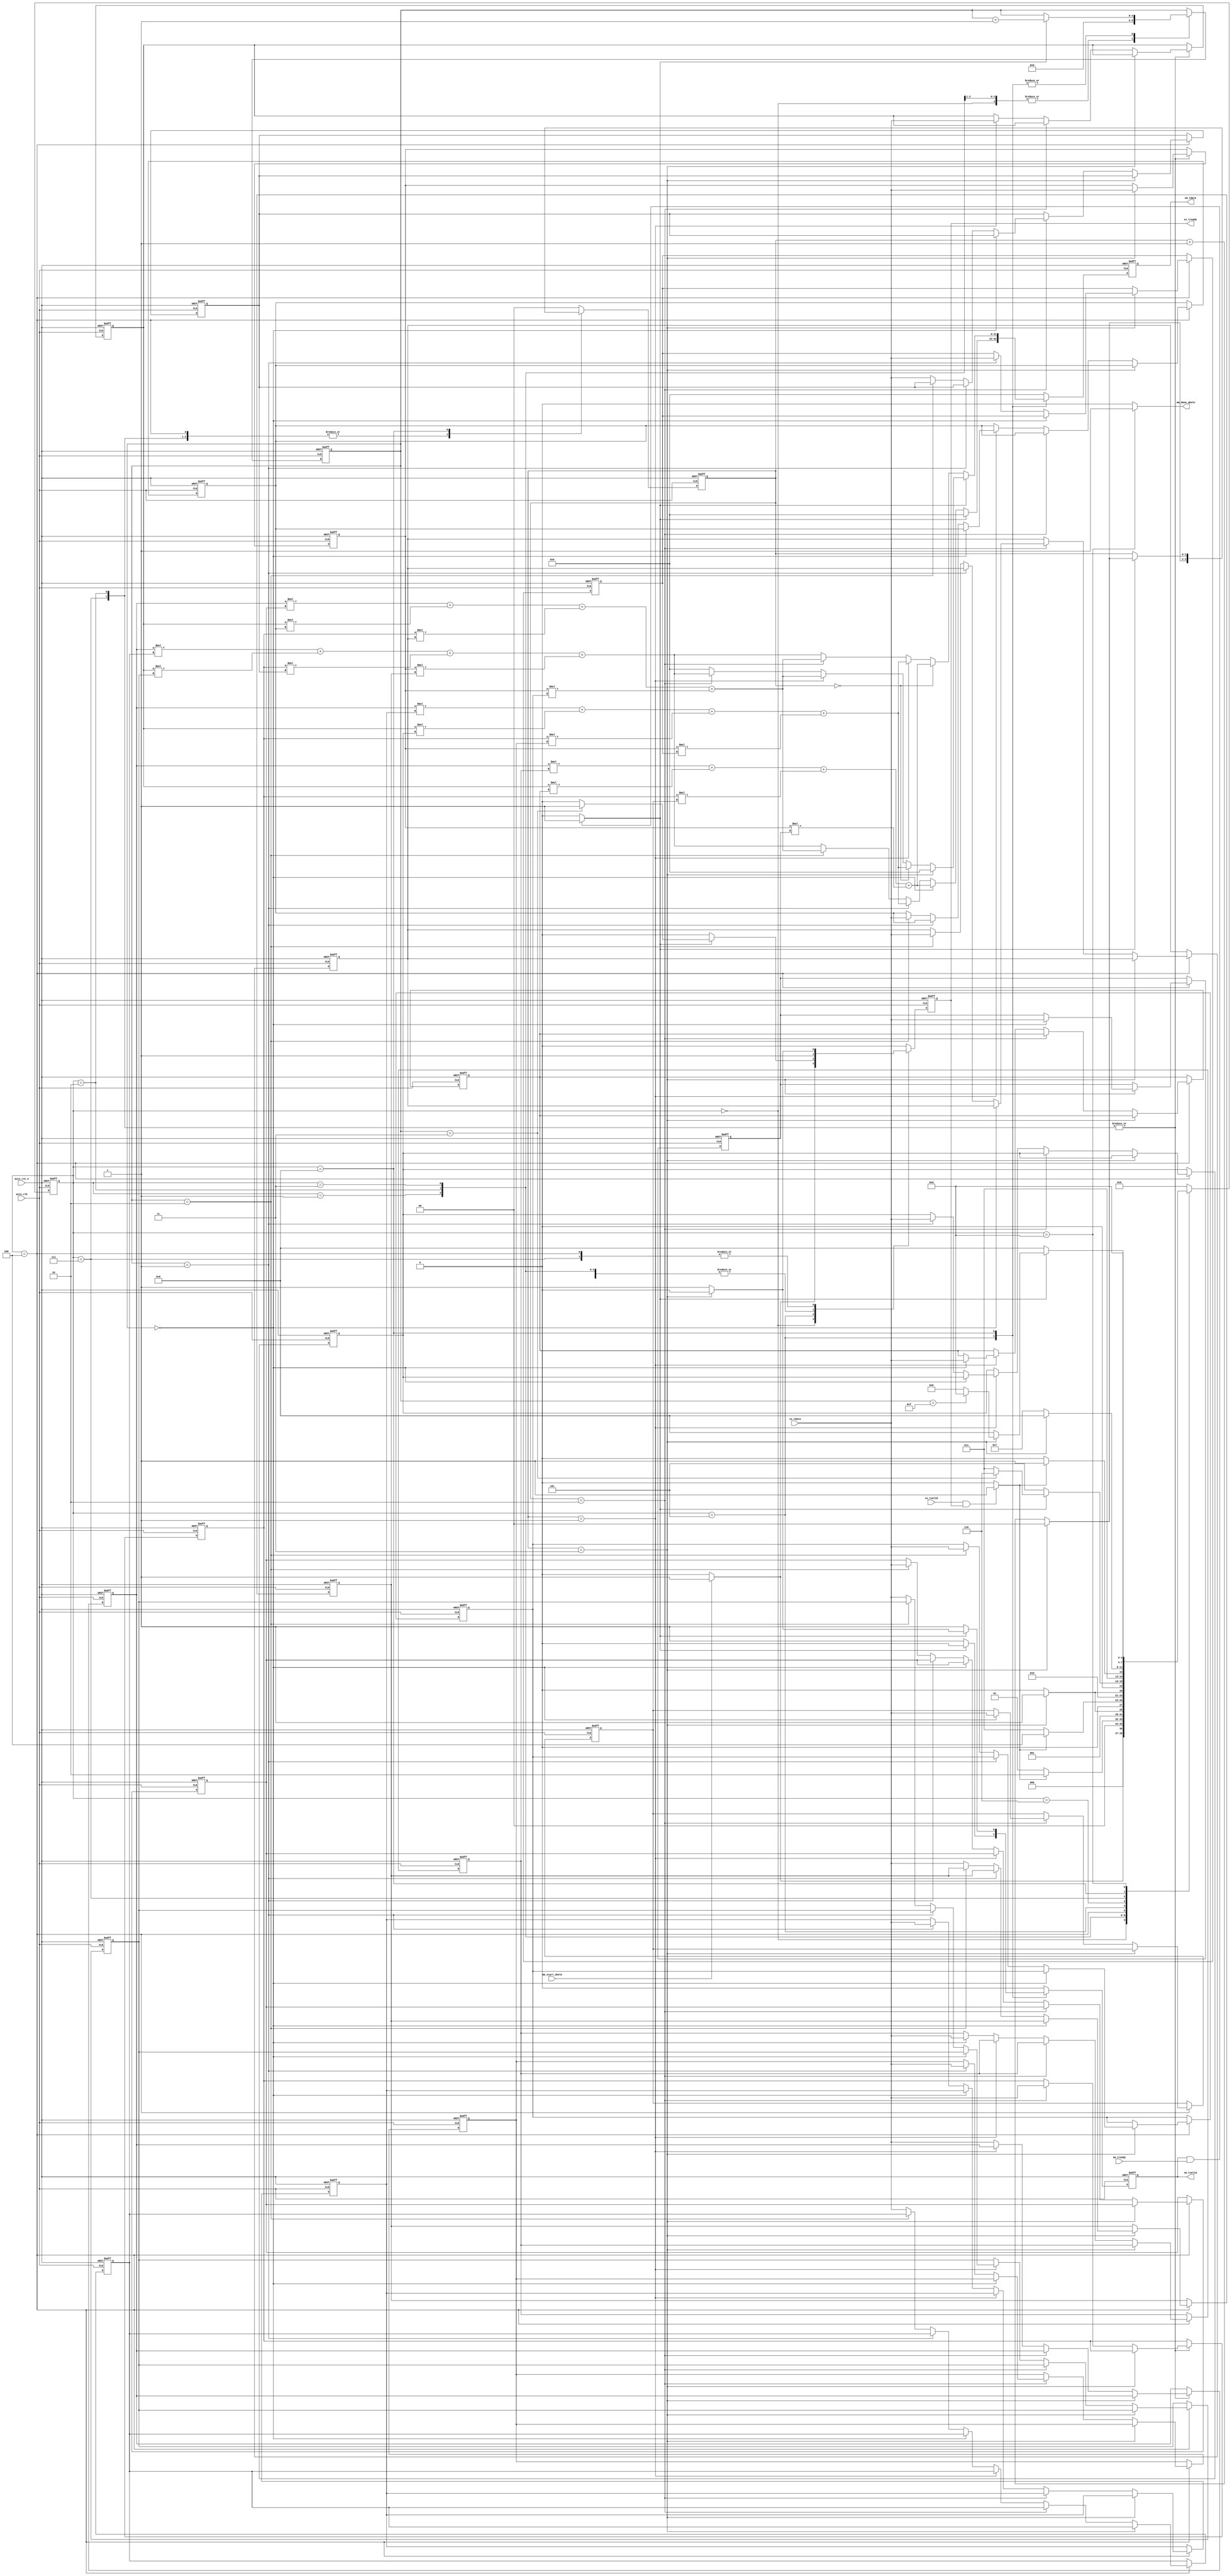
module mm 
#(  parameter pADDR_WIDTH = 12,
    parameter pDATA_WIDTH = 32
)
(
    input   wire                     axis_clk,
    input   wire                     axis_rst_n,
    
    // ap_start from DMA
    input   wire                     mm_start_whole,
    output   wire                     mm_done_whole,
    /////output   wire                     mm_idle,

    // Data in (AXI-Stream)
    input   wire                     ss_tvalid, 
    input   wire [(pDATA_WIDTH-1):0] ss_tdata, 
    //input   wire                     ss_tlast, //not used
    output  reg                     ss_tready,

    // Data out (AXI-Stream)
    input   wire                     sm_tready, 
    output  reg                     sm_tvalid, 
    output  reg [(pDATA_WIDTH-1):0] sm_tdata
    //output  wire                     sm_tlast, //not used
);

// Design by yuhungwei, testbench by zeus950068, modified by whywhytellmewhy
localparam IDLE = 4'd0;
localparam WAIT_MATRIX_A1_HANDSHAKE = 4'd1;
localparam INPUT_MATRIX_A_row1= 4'd2;

localparam WAIT_MATRIX_B_HANDSHAKE= 4'd3;
localparam INPUT_MATRIX_B_column = 4'd4;

localparam OUTPUT_row1 = 4'd5;
localparam WAIT_MATRIX_A_rest_row_HANDSHAKE = 4'd6;
localparam INPUT_MATRIX_A_rest_row = 4'd7;
localparam OUTPUT_rest_row = 4'd8;
localparam DONE = 4'd9;


wire mm_start; // modified
wire mm_done; // modified
wire mm_idle; // modified
assign mm_done_whole=mm_idle; // modified

reg ss_tready_before_FF;
reg sm_tvalid_before_FF;
reg [(pDATA_WIDTH-1):0] sm_tdata_before_FF;

reg         [3:0]           n_state;
reg         [3:0]           c_state;
//matrix A * matrix B == matrix C
reg         [4:0]           cnt_output, next_cnt_output;
reg         [1:0]           cnt_input, next_cnt_input;

reg    [(pDATA_WIDTH-1):0]  A1,A2,A3,A4;
reg    [(pDATA_WIDTH-1):0]  B11,B12,B13,B14;
reg    [(pDATA_WIDTH-1):0]  B21,B22,B23,B24;
reg    [(pDATA_WIDTH-1):0]  B31,B32,B33,B34;
reg    [(pDATA_WIDTH-1):0]  B41,B42,B43,B44;
reg    [(pDATA_WIDTH-1):0]  next_A1,next_A2,next_A3,next_A4;
reg    [(pDATA_WIDTH-1):0]  next_B11,next_B12,next_B13,next_B14;
reg    [(pDATA_WIDTH-1):0]  next_B21,next_B22,next_B23,next_B24;
reg    [(pDATA_WIDTH-1):0]  next_B31,next_B32,next_B33,next_B34;
reg    [(pDATA_WIDTH-1):0]  next_B41,next_B42,next_B43,next_B44;
wire   [(pDATA_WIDTH-1):0]  mac1,mac2,mac3,mac4; // MUL & ADD


assign mm_start = (ss_tvalid && ss_tready) ? 1:0;
assign mm_done = (sm_tvalid && sm_tready) ? 1:0;
//assign mm_idle = (sm_tvalid && sm_tready && cnt_output == 5'd15) ? 1:0;
assign mm_idle = (c_state == DONE) ? 1:0;


//MAC
assign mac1 = A1 * B11 + A2 * B21 + A3 * B31 + A4 * B41;
assign mac2 = A1 * B12 + A2 * B22 + A3 * B32 + A4 * B42;
assign mac3 = A1 * B13 + A2 * B23 + A3 * B33 + A4 * B43;
assign mac4 = A1 * B14 + A2 * B24 + A3 * B34 + A4 * B44;

/////////////////////////////////////////////
///FSM
/////////////////////////////////////////////
always @(posedge axis_clk or negedge axis_rst_n) begin
	if(!axis_rst_n) begin
		c_state <= IDLE;
        ss_tready <= 0;
        sm_tvalid <= 0;
        sm_tdata <= 0;
        A1  <= 0;
        A2  <= 0;
        A3  <= 0;
        A4  <= 0;
        B11 <= 0;
        B12 <= 0;
        B13 <= 0;
        B14 <= 0;
        B21 <= 0;
        B22 <= 0;
        B23 <= 0;
        B24 <= 0;
        B31 <= 0;
        B32 <= 0;
        B33 <= 0;
        B34 <= 0;
        B41 <= 0;
        B42 <= 0;
        B43 <= 0;
        B44 <= 0;
        cnt_output <= 0;
        cnt_input <= 0;
	end
	else begin
		c_state <= n_state;
        ss_tready <= ss_tready_before_FF;
        sm_tvalid <= sm_tvalid_before_FF;
        sm_tdata <= sm_tdata_before_FF;
        A1  <= next_A1 ;
        A2  <= next_A2 ;
        A3  <= next_A3 ;
        A4  <= next_A4 ;
        B11 <= next_B11;
        B12 <= next_B12;
        B13 <= next_B13;
        B14 <= next_B14;
        B21 <= next_B21;
        B22 <= next_B22;
        B23 <= next_B23;
        B24 <= next_B24;
        B31 <= next_B31;
        B32 <= next_B32;
        B33 <= next_B33;
        B34 <= next_B34;
        B41 <= next_B41;
        B42 <= next_B42;
        B43 <= next_B43;
        B44 <= next_B44;
        cnt_output <= next_cnt_output;
        cnt_input <= next_cnt_input;
	end
end

always @(*) begin
    next_A1=A1;
    next_A2=A2;
    next_A3=A3;
    next_A4=A4;
    next_B11=B11;
    next_B12=B12;
    next_B13=B13;
    next_B14=B14;
    next_B21=B21;
    next_B22=B22;
    next_B23=B23;
    next_B24=B24;
    next_B31=B31;
    next_B32=B32;
    next_B33=B33;
    next_B34=B34;
    next_B41=B41;
    next_B42=B42;
    next_B43=B43;
    next_B44=B44;


    case(c_state)
        //0
        IDLE: begin // modified
            sm_tvalid_before_FF=0;
            sm_tdata_before_FF=0;
            next_cnt_input=0;
            next_cnt_output=0;
            
            if(mm_start_whole) begin // ap_start
                n_state = WAIT_MATRIX_A1_HANDSHAKE;
                ss_tready_before_FF=1;
            end
            else begin
                n_state = IDLE;
                ss_tready_before_FF=0;
            end
        end
        WAIT_MATRIX_A1_HANDSHAKE:begin
            ss_tready_before_FF=1;
            sm_tvalid_before_FF=0;
            sm_tdata_before_FF=0;
            next_cnt_input=0;
            next_cnt_output=0;

            if(mm_start) begin // ss handshake
                n_state = INPUT_MATRIX_A_row1;
            end
            else begin
                n_state = WAIT_MATRIX_A1_HANDSHAKE;
            end
        end
        INPUT_MATRIX_A_row1:begin
            ss_tready_before_FF=1;
            sm_tvalid_before_FF=0;
            sm_tdata_before_FF=0;
            next_cnt_output=0;

            if(cnt_input==3) begin
                n_state = WAIT_MATRIX_B_HANDSHAKE;
                next_A4=ss_tdata;
                next_cnt_input=0;
            end
            else if(cnt_input==2) begin
                n_state = INPUT_MATRIX_A_row1;
                next_A3=ss_tdata;
                next_cnt_input=cnt_input+1;
            end
            else if(cnt_input==1) begin
                n_state = INPUT_MATRIX_A_row1;
                next_A2=ss_tdata;
                next_cnt_input=cnt_input+1;
            end
            else begin
                n_state = INPUT_MATRIX_A_row1;
                next_A1=ss_tdata;
                next_cnt_input=cnt_input+1;
            end
        end
        WAIT_MATRIX_B_HANDSHAKE:begin
            ss_tready_before_FF=1;
            sm_tvalid_before_FF=0;
            sm_tdata_before_FF=0;
            next_cnt_input=0;
            next_cnt_output=cnt_output;

            if(mm_start) begin // ss handshake
                n_state = INPUT_MATRIX_B_column;
            end
            else begin
                n_state = WAIT_MATRIX_B_HANDSHAKE;
            end
        end
        INPUT_MATRIX_B_column:begin
            sm_tvalid_before_FF=0;
            sm_tdata_before_FF=0;
            next_cnt_output=cnt_output;

            if(cnt_input==3) begin
                n_state = OUTPUT_row1;
                ss_tready_before_FF=0;
                if(cnt_output==0) begin
                    next_B41=ss_tdata;
                end
                else if(cnt_output==1) begin
                    next_B42=ss_tdata;
                end
                else if(cnt_output==2) begin
                    next_B43=ss_tdata;
                end
                else begin
                    next_B44=ss_tdata;
                end
                next_cnt_input=0;
            end
            else if(cnt_input==2) begin
                n_state = INPUT_MATRIX_B_column;
                ss_tready_before_FF=1;
                if(cnt_output==0) begin
                    next_B31=ss_tdata;
                end
                else if(cnt_output==1) begin
                    next_B32=ss_tdata;
                end
                else if(cnt_output==2) begin
                    next_B33=ss_tdata;
                end
                else begin
                    next_B34=ss_tdata;
                end
                next_cnt_input=cnt_input+1;
            end
            else if(cnt_input==1) begin
                n_state = INPUT_MATRIX_B_column;
                ss_tready_before_FF=1;
                if(cnt_output==0) begin
                    next_B21=ss_tdata;
                end
                else if(cnt_output==1) begin
                    next_B22=ss_tdata;
                end
                else if(cnt_output==2) begin
                    next_B23=ss_tdata;
                end
                else begin
                    next_B24=ss_tdata;
                end
                next_cnt_input=cnt_input+1;
            end
            else begin
                n_state = INPUT_MATRIX_B_column;
                ss_tready_before_FF=1;
                if(cnt_output==0) begin
                    next_B11=ss_tdata;
                end
                else if(cnt_output==1) begin
                    next_B12=ss_tdata;
                end
                else if(cnt_output==2) begin
                    next_B13=ss_tdata;
                end
                else begin
                    next_B14=ss_tdata;
                end

                next_cnt_input=cnt_input+1;
            end
        end
        OUTPUT_row1:begin
            next_cnt_input=0;

            if (mm_done) begin // sm handshake
                sm_tvalid_before_FF=0;
                sm_tdata_before_FF=0;
                next_cnt_output=cnt_output+1;
                if(cnt_output==3) begin
                    n_state = WAIT_MATRIX_A_rest_row_HANDSHAKE;
                    ss_tready_before_FF=1;
                end
                else begin
                    n_state = WAIT_MATRIX_B_HANDSHAKE;
                    ss_tready_before_FF=0;
                end
            end
            else begin
                n_state = OUTPUT_row1;
                ss_tready_before_FF=0;
                sm_tvalid_before_FF=1;
                next_cnt_output=cnt_output;
                if(cnt_output==0) begin
                    sm_tdata_before_FF=mac1;
                end
                else if(cnt_output==1) begin
                    sm_tdata_before_FF=mac2;
                end
                else if(cnt_output==2) begin
                    sm_tdata_before_FF=mac3;
                end
                else begin
                    sm_tdata_before_FF=mac4;
                end
                
            end
        end
        WAIT_MATRIX_A_rest_row_HANDSHAKE:begin
            ss_tready_before_FF=1;
            sm_tvalid_before_FF=0;
            sm_tdata_before_FF=0;
            next_cnt_input=0;
            next_cnt_output=cnt_output;

            if(mm_start) begin // ss handshake
                n_state = INPUT_MATRIX_A_rest_row;
            end
            else begin
                n_state = WAIT_MATRIX_A_rest_row_HANDSHAKE;
            end
        end
        INPUT_MATRIX_A_rest_row:begin
            sm_tvalid_before_FF=0;
            sm_tdata_before_FF=0;
            next_cnt_output=cnt_output;

            if(cnt_input==3) begin
                n_state = OUTPUT_rest_row;
                ss_tready_before_FF=0;
                next_A4=ss_tdata;
                next_cnt_input=0;
            end
            else if(cnt_input==2) begin
                n_state = INPUT_MATRIX_A_rest_row;
                ss_tready_before_FF=1;
                next_A3=ss_tdata;
                next_cnt_input=cnt_input+1;
            end
            else if(cnt_input==1) begin
                n_state = INPUT_MATRIX_A_rest_row;
                ss_tready_before_FF=1;
                next_A2=ss_tdata;
                next_cnt_input=cnt_input+1;
            end
            else begin
                n_state = INPUT_MATRIX_A_rest_row;
                ss_tready_before_FF=1;
                next_A1=ss_tdata;

                next_cnt_input=cnt_input+1;
            end
        end
        OUTPUT_rest_row:begin
            ss_tready_before_FF=0;
            

            if (mm_done) begin // sm handshake
                next_cnt_output=cnt_output+1;
                if(cnt_input==3) begin
                    sm_tvalid_before_FF=0;
                    sm_tdata_before_FF=0;
                    next_cnt_input=0;
                    if(cnt_output==15) begin
                        n_state = DONE;
                    end
                    else begin
                        n_state = WAIT_MATRIX_A_rest_row_HANDSHAKE;
                    end
                end
                else begin
                    n_state = OUTPUT_rest_row;
                    sm_tvalid_before_FF=1;
                    if(cnt_input==0) begin
                        sm_tdata_before_FF=mac2;
                    end
                    else if(cnt_input==1) begin
                        sm_tdata_before_FF=mac3;
                    end
                    else if(cnt_input==2) begin
                        sm_tdata_before_FF=mac4;
                    end
                    else begin
                        sm_tdata_before_FF=0;
                    end
                    next_cnt_input=cnt_input+1;
                end
            end
            else begin
                n_state = OUTPUT_rest_row;
                ss_tready_before_FF=0;
                sm_tvalid_before_FF=1;
                next_cnt_input=cnt_input;
                next_cnt_output=cnt_output;

                if(cnt_input==0) begin
                    sm_tdata_before_FF=mac1;
                end
                else if(cnt_input==1) begin
                    sm_tdata_before_FF=mac2;
                end
                else if(cnt_input==2) begin
                    sm_tdata_before_FF=mac3;
                end
                else begin
                    sm_tdata_before_FF=mac4;
                end
                
            end
        end
        DONE:begin
            n_state = DONE;
            ss_tready_before_FF=0;
            sm_tvalid_before_FF=0;
            sm_tdata_before_FF=0;
            next_cnt_input=0;
            next_cnt_output=cnt_output;
        end
        default : begin
            n_state = IDLE;
            ss_tready_before_FF=0;
            sm_tvalid_before_FF=0;
            sm_tdata_before_FF=0;

            next_cnt_input=0;
            next_cnt_output=cnt_output;
            
        end
    endcase
end








/*localparam IDLE = 4'd0;
localparam WAIT_FOR_INPUT = 4'd1;
localparam WAIT_FOR_OUTPUT = 4'd2;
localparam INPUT_MATRIX_A= 4'd3;
localparam INPUT_MATRIX_B= 4'd4;
localparam OUTPUT_MATRIX_C = 4'd5;

localparam INPUT_A_ROW2 = 4'd6;
localparam OUTPUT_C_ROW2 = 4'd7;
localparam INPUT_A_ROW3 = 4'd8;
localparam OUTPUT_C_ROW3 = 4'd9;
localparam INPUT_A_ROW4 = 4'd10;
localparam OUTPUT_C_ROW4 = 4'd11;

localparam DONE = 4'd12;
localparam INITIAL = 4'd13; // modified
localparam ERROR = 4'd14; // modified

wire mm_start; // modified
wire mm_done; // modified
wire mm_idle; // modified
assign mm_done_whole=mm_idle; // modified

reg         [3:0]           n_state;
reg         [3:0]           c_state;
//matrix A * matrix B == matrix C
reg         [4:0]           cnt_output;
reg         [2:0]           cnt_A_input;
reg         [4:0]           cnt_B_input;

reg    [(pDATA_WIDTH-1):0]  A1,A2,A3,A4;
reg    [(pDATA_WIDTH-1):0]  B11,B12,B13,B14;
reg    [(pDATA_WIDTH-1):0]  B21,B22,B23,B24;
reg    [(pDATA_WIDTH-1):0]  B31,B32,B33,B34;
reg    [(pDATA_WIDTH-1):0]  B41,B42,B43,B44;

wire                         output_flag;
wire                         input_A_flag;
wire                         input_B_flag;

wire                         input_valid;

reg   [3:0]                 stop_state;

wire   [(pDATA_WIDTH-1):0]  mac1,mac2,mac3,mac4; // MUL & ADD

assign input_valid = (c_state == INPUT_MATRIX_A || c_state == INPUT_A_ROW2 || c_state == INPUT_A_ROW3 || c_state == INPUT_A_ROW4 || c_state == INPUT_MATRIX_B)?1:0;
assign output_valid = ( c_state == OUTPUT_MATRIX_C || c_state == OUTPUT_C_ROW2 || c_state == OUTPUT_C_ROW3 || c_state == OUTPUT_C_ROW4)?1:0;
assign ss_tready = (cnt_B_input == 16 || n_state == OUTPUT_C_ROW2 || n_state == OUTPUT_C_ROW3 || n_state == OUTPUT_C_ROW4 || n_state == DONE)? 0:1;
assign sm_tvalid = output_flag;

assign mm_start = (ss_tvalid && ss_tready) ? 1:0;
assign mm_done = (sm_tvalid && sm_tready) ? 1:0;
assign mm_idle = (sm_tvalid && sm_tready && cnt_output == 5'd15) ? 1:0;

// assign input_A_flag =   (cnt_B_input == 5'd16)?0:
//                         (cnt_A_input == 3'd3 || c_state == INPUT_MATRIX_B || c_state == OUTPUT_MATRIX_C)?1:0;
assign input_A_flag = (n_state == INPUT_MATRIX_B || cnt_B_input == 4 || cnt_B_input == 8 || cnt_B_input == 12 || cnt_B_input == 16 || output_valid)?1:0;
assign input_B_flag =   (cnt_B_input == 5'd16 || cnt_B_input == 5'd12 || cnt_B_input == 5'd8 || cnt_B_input == 5'd4 || c_state == OUTPUT_C_ROW2 || c_state == OUTPUT_C_ROW3 || c_state == OUTPUT_C_ROW4)? 1:0;

assign output_flag  =   (input_A_flag && input_B_flag )? 1:0;

//MAC
assign mac1 = (output_flag)? (A1 * B11 + A2 * B21 + A3 * B31 + A4 * B41):0;
assign mac2 = (output_flag)? (A1 * B12 + A2 * B22 + A3 * B32 + A4 * B42):0;
assign mac3 = (output_flag)? (A1 * B13 + A2 * B23 + A3 * B33 + A4 * B43):0;
assign mac4 = (output_flag)? (A1 * B14 + A2 * B24 + A3 * B34 + A4 * B44):0;

assign sm_tdata = (mm_done && (cnt_output)%4==0)?mac1:
                  (mm_done && (cnt_output)%4==1)?mac2:
                  (mm_done && (cnt_output)%4==2)?mac3:mac4;
/////////////////////////////////////////////
///FSM
/////////////////////////////////////////////
always @(posedge axis_clk or negedge axis_rst_n) begin
	if(!axis_rst_n) begin
		c_state <= IDLE; // modified
        /////c_state <= INITIAL;
	end
	else begin
		c_state <= n_state;
	end
end

always @(*) begin
    //stop_state=ERROR; // modified

    case(c_state)
        //0
        INITIAL: begin // modified
            if(mm_start_whole) begin
                n_state = IDLE;
            end
            else begin
                n_state = INITIAL;
            end
        end
        IDLE:begin
            if(mm_start)
                n_state = INPUT_MATRIX_A;
            else begin
                n_state = WAIT_FOR_INPUT; 
                stop_state=INPUT_MATRIX_A; // modified
            end
        end
        //3
        INPUT_MATRIX_A:begin
            if(cnt_A_input == 3'd4)
                n_state = INPUT_MATRIX_B;
            else if (mm_start) begin
                n_state = INPUT_MATRIX_A;
            end
            else begin
                n_state = WAIT_FOR_INPUT;
                stop_state=INPUT_MATRIX_A; // modified
            end
        end
        //4
        INPUT_MATRIX_B:begin
            if(input_B_flag)begin
                n_state = OUTPUT_MATRIX_C;
            end
            else if(mm_start)begin
                n_state = INPUT_MATRIX_B;
            end
            else begin
                n_state = WAIT_FOR_INPUT;
                stop_state=INPUT_MATRIX_B; // modified
            end
        end
        //1
        WAIT_FOR_INPUT: begin
            if(~mm_start)
                n_state = WAIT_FOR_INPUT;
            else if(mm_start && stop_state == INPUT_MATRIX_A)
                n_state = INPUT_MATRIX_A;
            else if(mm_start && stop_state == INPUT_MATRIX_B)
                n_state = INPUT_MATRIX_B;
            else if(mm_start && stop_state == INPUT_A_ROW2)
                n_state = INPUT_A_ROW2;
            else if(mm_start && stop_state == INPUT_A_ROW3)
                n_state = INPUT_A_ROW3;
            else if(mm_start && stop_state == INPUT_A_ROW4)
                n_state = INPUT_A_ROW4;
            else n_state = WAIT_FOR_INPUT;
        end
        //5
        OUTPUT_MATRIX_C :begin
            if(cnt_output == 5'd4)
                n_state = INPUT_A_ROW2;
            else if(mm_start)
                n_state = INPUT_MATRIX_B;
            else if(~mm_done)
                n_state = WAIT_FOR_OUTPUT;
            else begin
                n_state = WAIT_FOR_INPUT;
                stop_state=INPUT_MATRIX_B;
            end
        end
        //6
        INPUT_A_ROW2:begin
            if(cnt_A_input == 3'd4)
                n_state = OUTPUT_C_ROW2;
            else if (mm_start) 
                n_state = INPUT_A_ROW2;
            else begin
                n_state = WAIT_FOR_INPUT;
                stop_state=INPUT_A_ROW2; // modified
            end
        end
        //8
        INPUT_A_ROW3:begin
            if(cnt_A_input == 3'd4)
                n_state = OUTPUT_C_ROW3;
            else if (mm_start) begin
                n_state = INPUT_A_ROW3;
            end
            else begin
                n_state = WAIT_FOR_INPUT;
                stop_state=INPUT_A_ROW3; // modified
            end
        end
        //10
        INPUT_A_ROW4:begin
            if(cnt_A_input == 3'd4)
                n_state = OUTPUT_C_ROW4;
            else if (mm_start) begin
                n_state = INPUT_A_ROW4;
            end
            else begin
                n_state = WAIT_FOR_INPUT;
                stop_state=INPUT_A_ROW4; // modified
            end
        end
        //7
        OUTPUT_C_ROW2 :begin
            if(~mm_done)
                n_state = WAIT_FOR_OUTPUT;
            else if(mm_done && cnt_output == 5'd7)
                n_state = INPUT_A_ROW3;
            else 
                n_state = OUTPUT_C_ROW2;
        end
        //9
        OUTPUT_C_ROW3 :begin
            if(~mm_done)
                n_state = WAIT_FOR_OUTPUT;
            else if(mm_done && cnt_output == 5'd11)
                n_state = INPUT_A_ROW4;
            else 
                n_state = OUTPUT_C_ROW3;
        end
        //11
        OUTPUT_C_ROW4 :begin
            if(~mm_done)
                n_state = WAIT_FOR_OUTPUT;
            else if(mm_idle && cnt_output == 5'd15)
                n_state = DONE;
            else 
                n_state = OUTPUT_C_ROW4;
        end
        //12
        DONE: begin
            n_state = IDLE;
        end
        default : begin
            n_state = IDLE;
        end
    endcase
end

/////////////////////////////////////////////
///counter
/////////////////////////////////////////////


// if a row of matrix A is done of input
// then change matrix B to input a column : input_A_flag will pull high 

always @(posedge axis_clk or negedge axis_rst_n) begin
    if(~axis_rst_n) 
        cnt_A_input <= 3'd0;
    else if(cnt_A_input >= 3'd4)
        cnt_A_input <= 3'd0;
    else begin
        case (n_state)
            INPUT_MATRIX_A:
            if(mm_start)
                cnt_A_input <= cnt_A_input + 3'd1; 
            INPUT_A_ROW2:
            if(mm_start)
                cnt_A_input <= cnt_A_input + 3'd1; 
            INPUT_A_ROW3:
            if(mm_start)
                cnt_A_input <= cnt_A_input + 3'd1;
            INPUT_A_ROW4: 
            if(mm_start)
                cnt_A_input <= cnt_A_input + 3'd1; 
            OUTPUT_MATRIX_C:
                cnt_A_input <= 3'd0;
            OUTPUT_C_ROW2:
                cnt_A_input <= 3'd0;
            OUTPUT_C_ROW3:
                cnt_A_input <= 3'd0;
            OUTPUT_C_ROW4:
                cnt_A_input <= 3'd0;

            default: cnt_A_input <= cnt_A_input;
        endcase
    end
end


always @(posedge axis_clk or negedge axis_rst_n) begin
    if(~axis_rst_n) 
        cnt_B_input <= 5'd0;
    else if (mm_idle) 
        cnt_B_input <= 5'd0;
    else if(cnt_B_input >= 5'd17) 
        cnt_B_input <= cnt_B_input;
    else if(mm_start && input_A_flag && n_state == INPUT_MATRIX_B) 
        cnt_B_input <= cnt_B_input + 5'd1;
    else if(cnt_B_input >= 5'd4 && cnt_B_input % 4 == 0)
        cnt_B_input <= cnt_B_input + 1;
    else cnt_B_input <= cnt_B_input;
end

//cnt_output count to 15 means the mm is done
always @(posedge axis_clk or negedge axis_rst_n) begin
    if(~axis_rst_n) 
        cnt_output <= 5'd0;
    else if(mm_idle)
        cnt_output <= 5'd0;
    else if(mm_done)
        cnt_output <= cnt_output + 5'd1;
    else 
        cnt_output <= cnt_output;
end

/////////////////////////////////////////////
///stop state
/////////////////////////////////////////////
/////always @(*) begin // modified
/////    if(cnt_B_input > 5'd0 && cnt_B_input < 5'd16)
/////        stop_state = 5'd4;
/////    else if(cnt_B_input == 5'd0 && cnt_A_input < 3'd4)
/////        stop_state = 5'd3;
/////    else if(cnt_output == 5'd4)
/////        stop_state = 5'd6;
/////    else if(cnt_output == 5'd7 || cnt_output == 5'd8)
/////        stop_state = 5'd8;
/////    else
/////        stop_state = 5'd10;
/////end

/////////////////////////////////////////////
///input matrix A
/////////////////////////////////////////////

always @(posedge axis_clk or negedge axis_rst_n) begin
    if(~axis_rst_n) 
        A1 <= 0;
    else if (mm_start && cnt_A_input == 3'd0)begin
        case (n_state)
            INPUT_MATRIX_A:
                A1 <= ss_tdata; 
            WAIT_FOR_INPUT:
                A1 <= A1;
            INPUT_A_ROW2:
                A1 <= ss_tdata;
            INPUT_A_ROW3:
                A1 <= ss_tdata;
            INPUT_A_ROW4:
                A1 <= ss_tdata;
            default: 
            A1 <= A1;
        endcase
    end
    else A1 <= A1;
end
always @(posedge axis_clk or negedge axis_rst_n) begin
    if(~axis_rst_n) 
        A2 <= 0;
    else if (mm_start && cnt_A_input == 3'd1)begin
        case (n_state)
            INPUT_MATRIX_A:
                A2 <= ss_tdata; 
            WAIT_FOR_INPUT:
                A2 <= A2;
            INPUT_A_ROW2:
                A2 <= ss_tdata;
            INPUT_A_ROW3:
                A2 <= ss_tdata;
            INPUT_A_ROW4:
                A2 <= ss_tdata;
            default: 
            A2 <= A2;
        endcase
    end
    else A2 <= A2;
end
always @(posedge axis_clk or negedge axis_rst_n) begin
    if(~axis_rst_n) 
        A3 <= 0;
    else if (mm_start && cnt_A_input == 3'd2)begin
        case (n_state)
            INPUT_MATRIX_A:
                A3 <= ss_tdata; 
            WAIT_FOR_INPUT:
                A3 <= A3;
            INPUT_A_ROW2:
                A3 <= ss_tdata;
            INPUT_A_ROW3:
                A3 <= ss_tdata;
            INPUT_A_ROW4:
                A3 <= ss_tdata;
            default: 
            A3 <= A3;
        endcase
    end
    else A3 <= A3;
end
always @(posedge axis_clk or negedge axis_rst_n) begin
    if(~axis_rst_n) 
        A4 <= 0;
    else if (mm_start && cnt_A_input == 3'd3)begin
        case (n_state)
            INPUT_MATRIX_A:
                A4 <= ss_tdata; 
            WAIT_FOR_INPUT:
                A4 <= A4;
            INPUT_A_ROW2:
                A4 <= ss_tdata;
            INPUT_A_ROW3:
                A4 <= ss_tdata;
            INPUT_A_ROW4:
                A4 <= ss_tdata;
            default: 
            A4 <= A4;
        endcase
    end
    else A4 <= A4;
end


/////////////////////////////////////////////
///input matrix B
/////////////////////////////////////////////

always @(posedge axis_clk or negedge axis_rst_n) begin
    if(~axis_rst_n) 
        B11 <= 0;
    else if(input_A_flag && cnt_B_input == 5'd0)
        B11 <= ss_tdata; 
    else if(n_state == WAIT_FOR_INPUT)
        B11 <= B11;
    else B11 <= B11;
end

always @(posedge axis_clk or negedge axis_rst_n) begin
    if(~axis_rst_n) 
        B21 <= 0;
    else if(input_A_flag && cnt_B_input == 5'd1)
        B21 <= ss_tdata; 
    else if(n_state == WAIT_FOR_INPUT)
        B21 <= B21;
    else B21 <= B21;
end

always @(posedge axis_clk or negedge axis_rst_n) begin
    if(~axis_rst_n) 
        B31 <= 0;
    else if(input_A_flag && cnt_B_input == 5'd2)
        B31 <= ss_tdata; 
    else if(n_state == WAIT_FOR_INPUT)
        B31 <= B31;
    else B31 <= B31;
end

always @(posedge axis_clk or negedge axis_rst_n) begin
    if(~axis_rst_n) 
        B41 <= 0;
    else if(input_A_flag && cnt_B_input == 5'd3)
        B41 <= ss_tdata; 
    else if(n_state == WAIT_FOR_INPUT)
        B41 <= B41;
    else B41 <= B41;
end

always @(posedge axis_clk or negedge axis_rst_n) begin
    if(~axis_rst_n) 
        B12 <= 0;
    else if(input_A_flag && cnt_B_input == 5'd4)
        B12 <= ss_tdata; 
    else if(n_state == WAIT_FOR_INPUT)
        B12 <= B12;
    else B12 <= B12;
end

always @(posedge axis_clk or negedge axis_rst_n) begin
    if(~axis_rst_n) 
        B22 <= 0;
    else if(input_A_flag && cnt_B_input == 5'd5)
        B22 <= ss_tdata; 
    else if(n_state == WAIT_FOR_INPUT)
        B22 <= B22;
    else B22 <= B22;
end

always @(posedge axis_clk or negedge axis_rst_n) begin
    if(~axis_rst_n) 
        B32 <= 0;
    else if(input_A_flag && cnt_B_input == 5'd6)
        B32 <= ss_tdata; 
    else if(n_state == WAIT_FOR_INPUT)
        B32 <= B32;
    else B32 <= B32;
end

always @(posedge axis_clk or negedge axis_rst_n) begin
    if(~axis_rst_n) 
        B42 <= 0;
    else if(input_A_flag && cnt_B_input == 5'd7)
        B42 <= ss_tdata; 
    else if(n_state == WAIT_FOR_INPUT)
        B42 <= B42;
    else B42 <= B42;
end

always @(posedge axis_clk or negedge axis_rst_n) begin
    if(~axis_rst_n) 
        B13 <= 0;
    else if(input_A_flag && cnt_B_input == 5'd8)
        B13 <= ss_tdata; 
    else if(n_state == WAIT_FOR_INPUT)
        B13 <= B13;
    else B13 <= B13;
end

always @(posedge axis_clk or negedge axis_rst_n) begin
    if(~axis_rst_n) 
        B23 <= 0;
    else if(input_A_flag && cnt_B_input == 5'd9)
        B23 <= ss_tdata; 
    else if(n_state == WAIT_FOR_INPUT)
        B23 <= B23;
    else B23 <= B23;
end

always @(posedge axis_clk or negedge axis_rst_n) begin
    if(~axis_rst_n) 
        B33 <= 0;
    else if(input_A_flag && cnt_B_input == 5'd10)
        B33 <= ss_tdata; 
    else if(n_state == WAIT_FOR_INPUT)
        B33 <= B33;
    else B33 <= B33;
end

always @(posedge axis_clk or negedge axis_rst_n) begin
    if(~axis_rst_n) 
        B43 <= 0;
    else if(input_A_flag && cnt_B_input == 5'd11)
        B43 <= ss_tdata; 
    else if(n_state == WAIT_FOR_INPUT)
        B43 <= B43;
    else B43 <= B43;
end

always @(posedge axis_clk or negedge axis_rst_n) begin
    if(~axis_rst_n) 
        B14 <= 0;
    else if(input_A_flag && cnt_B_input == 5'd12)
        B14 <= ss_tdata; 
    else if(n_state == WAIT_FOR_INPUT)
        B14 <= B14;
    else B14 <= B14;
end

always @(posedge axis_clk or negedge axis_rst_n) begin
    if(~axis_rst_n) 
        B24 <= 0;
    else if(input_A_flag && cnt_B_input == 5'd13)
        B24 <= ss_tdata; 
    else if(n_state == WAIT_FOR_INPUT)
        B24 <= B24;
    else B24 <= B24;
end

always @(posedge axis_clk or negedge axis_rst_n) begin
    if(~axis_rst_n) 
        B34 <= 0;
    else if(input_A_flag && cnt_B_input == 5'd14)
        B34 <= ss_tdata; 
    else if(n_state == WAIT_FOR_INPUT)
        B34 <= B34;
    else B34 <= B34;
end

always @(posedge axis_clk or negedge axis_rst_n) begin
    if(~axis_rst_n) 
        B44 <= 0;
    else if(input_A_flag && cnt_B_input == 5'd15)
        B44 <= ss_tdata; 
    else if(n_state == WAIT_FOR_INPUT)
        B44 <= B44;
    else B44 <= B44;
end*/
    

/*localparam IDLE = 4'd0;
localparam WAIT_FOR_INPUT = 4'd1;
localparam WAIT_FOR_OUTPUT = 4'd2;
localparam INPUT_MATRIX_A= 4'd3;
localparam INPUT_MATRIX_B= 4'd4;
localparam OUTPUT_MATRIX_C = 4'd5;

localparam INPUT_A_ROW2 = 4'd6;
localparam OUTPUT_C_ROW2 = 4'd7;
localparam INPUT_A_ROW3 = 4'd8;
localparam OUTPUT_C_ROW3 = 4'd9;
localparam INPUT_A_ROW4 = 4'd10;
localparam OUTPUT_C_ROW4 = 4'd11;

localparam DONE = 4'd12;
localparam INITIAL = 4'd13; // modified

wire mm_start; // modified
wire mm_done; // modified
wire mm_idle; // modified
assign mm_done_whole=mm_idle; // modified

reg         [3:0]           n_state;
reg         [3:0]           c_state;
//matrix A * matrix B == matrix C
reg         [4:0]           cnt_output;
reg         [2:0]           cnt_A_input;
reg         [4:0]           cnt_B_input;

reg    [(pDATA_WIDTH-1):0]  A1,A2,A3,A4;
reg    [(pDATA_WIDTH-1):0]  B11,B12,B13,B14;
reg    [(pDATA_WIDTH-1):0]  B21,B22,B23,B24;
reg    [(pDATA_WIDTH-1):0]  B31,B32,B33,B34;
reg    [(pDATA_WIDTH-1):0]  B41,B42,B43,B44;

wire                         output_flag;
wire                         input_A_flag;
wire                         input_B_flag;

wire                         input_valid;

reg   [3:0]                 stop_state;

wire   [(pDATA_WIDTH-1):0]  mac1,mac2,mac3,mac4; // MUL & ADD

assign input_valid = (c_state == INPUT_MATRIX_A || c_state == INPUT_A_ROW2 || c_state == INPUT_A_ROW3 || c_state == INPUT_A_ROW4 || c_state == INPUT_MATRIX_B)?1:0;
assign output_valid = ( c_state == OUTPUT_MATRIX_C || c_state == OUTPUT_C_ROW2 || c_state == OUTPUT_C_ROW3 || c_state == OUTPUT_C_ROW4)?1:0;
assign ss_tready = (cnt_B_input == 16 || n_state == OUTPUT_C_ROW2 || n_state == OUTPUT_C_ROW3 || n_state == OUTPUT_C_ROW4 || n_state == DONE)? 0:1;
/////assign sm_tvalid = output_flag; // modified
reg output_flag_delay; // modified
assign sm_tvalid = output_flag_delay; // modified

assign mm_start = (ss_tvalid && ss_tready) ? 1:0;
assign mm_done = (sm_tvalid && sm_tready) ? 1:0;
assign mm_idle = (sm_tvalid && sm_tready && cnt_output == 5'd15) ? 1:0;

// assign input_A_flag =   (cnt_B_input == 5'd16)?0:
//                         (cnt_A_input == 3'd3 || c_state == INPUT_MATRIX_B || c_state == OUTPUT_MATRIX_C)?1:0;
assign input_A_flag = (n_state == INPUT_MATRIX_B || cnt_B_input == 4 || cnt_B_input == 8 || cnt_B_input == 12 || cnt_B_input == 16 || output_valid)?1:0;
assign input_B_flag =   (cnt_B_input == 5'd16 || cnt_B_input == 5'd12 || cnt_B_input == 5'd8 || cnt_B_input == 5'd4 || c_state == OUTPUT_C_ROW2 || c_state == OUTPUT_C_ROW3 || c_state == OUTPUT_C_ROW4)? 1:0;

assign output_flag  =   (input_A_flag && input_B_flag )? 1:0;

//MAC
/////assign mac1 = (output_flag)? (A1 * B11 + A2 * B21 + A3 * B31 + A4 * B41):0; // modified
/////assign mac2 = (output_flag)? (A1 * B12 + A2 * B22 + A3 * B32 + A4 * B42):0; // modified
/////assign mac3 = (output_flag)? (A1 * B13 + A2 * B23 + A3 * B33 + A4 * B43):0; // modified
/////assign mac4 = (output_flag)? (A1 * B14 + A2 * B24 + A3 * B34 + A4 * B44):0; // modified
assign mac1 = (output_flag_delay)? (A1 * B11 + A2 * B21 + A3 * B31 + A4 * B41):0;
assign mac2 = (output_flag_delay)? (A1 * B12 + A2 * B22 + A3 * B32 + A4 * B42):0;
assign mac3 = (output_flag_delay)? (A1 * B13 + A2 * B23 + A3 * B33 + A4 * B43):0;
assign mac4 = (output_flag_delay)? (A1 * B14 + A2 * B24 + A3 * B34 + A4 * B44):0;

assign sm_tdata = (mm_done && (cnt_output)%4==0)?mac1:
                  (mm_done && (cnt_output)%4==1)?mac2:
                  (mm_done && (cnt_output)%4==2)?mac3:mac4;
/////////////////////////////////////////////
///FSM
/////////////////////////////////////////////
always @(posedge axis_clk or negedge axis_rst_n) begin
	if(!axis_rst_n) begin
		c_state <= IDLE; // modified
        /////c_state <= INITIAL;
        output_flag_delay <= 0; // modified
	end
	else begin
		c_state <= n_state;
        output_flag_delay <= output_flag; // modified
	end
end

always @(*) begin
    case(c_state)
        //0
        INITIAL: begin // modified
            if(mm_start_whole) begin
                n_state = IDLE;
            end
            else begin
                n_state = INITIAL;
            end
        end
        IDLE:begin
            if(mm_start)
                n_state = INPUT_MATRIX_A;
            else 
                n_state = IDLE; 
        end
        //3
        INPUT_MATRIX_A:begin
            if(cnt_A_input == 3'd4)
                n_state = INPUT_MATRIX_B;
            else if (mm_start) begin
                n_state = INPUT_MATRIX_A;
            end
            else n_state = INPUT_MATRIX_A;
        end
        //4
        INPUT_MATRIX_B:begin
            if(input_B_flag)begin
                n_state = OUTPUT_MATRIX_C;
            end
            else if(mm_start)begin
                n_state = INPUT_MATRIX_B;
            end
            else n_state = INPUT_MATRIX_B;
        end
        //1
        WAIT_FOR_INPUT: begin
            if(~mm_start)
                n_state = WAIT_FOR_INPUT;
            else if(mm_start && stop_state == INPUT_MATRIX_A)
                n_state = INPUT_MATRIX_A;
            else if(mm_start && stop_state == INPUT_MATRIX_B)
                n_state = INPUT_MATRIX_B;
            else if(mm_start && stop_state == INPUT_A_ROW2)
                n_state = INPUT_A_ROW2;
            else if(mm_start && stop_state == INPUT_A_ROW3)
                n_state = INPUT_A_ROW3;
            else if(mm_start && stop_state == INPUT_A_ROW4)
                n_state = INPUT_A_ROW4;
            else n_state = WAIT_FOR_INPUT;
        end
        //5
        OUTPUT_MATRIX_C :begin
            if(cnt_output == 5'd4)
                n_state = INPUT_A_ROW2;
            else if(mm_start)
                n_state = INPUT_MATRIX_B;
            else if(~mm_done)
                n_state = OUTPUT_MATRIX_C;
        end
        //6
        INPUT_A_ROW2:begin
            if(cnt_A_input == 3'd4)
                n_state = OUTPUT_C_ROW2;
            else if (mm_start) 
                n_state = INPUT_A_ROW2;
            else n_state = INPUT_A_ROW2;
        end
        //8
        INPUT_A_ROW3:begin
            if(cnt_A_input == 3'd4)
                n_state = OUTPUT_C_ROW3;
            else if (mm_start) begin
                n_state = INPUT_A_ROW3;
            end
            else n_state = INPUT_A_ROW3;
        end
        //10
        INPUT_A_ROW4:begin
            if(cnt_A_input == 3'd4)
                n_state = OUTPUT_C_ROW4;
            else if (mm_start) begin
                n_state = INPUT_A_ROW4;
            end
            else n_state = INPUT_A_ROW4;
        end
        //7
        OUTPUT_C_ROW2 :begin
            if(~mm_done)
                n_state = WAIT_FOR_OUTPUT;
            else if(mm_done && cnt_output == 5'd7)
                n_state = INPUT_A_ROW3;
            else 
                n_state = OUTPUT_C_ROW2;
        end
        //9
        OUTPUT_C_ROW3 :begin
            if(~mm_done)
                n_state = WAIT_FOR_OUTPUT;
            else if(mm_done && cnt_output == 5'd11)
                n_state = INPUT_A_ROW4;
            else 
                n_state = OUTPUT_C_ROW3;
        end
        //11
        OUTPUT_C_ROW4 :begin
            if(~mm_done)
                n_state = WAIT_FOR_OUTPUT;
            else if(mm_idle && cnt_output == 5'd15)
                n_state = DONE;
            else 
                n_state = OUTPUT_C_ROW4;
        end
        //12
        DONE: begin
            n_state = IDLE;
        end
        default : begin
            n_state = IDLE;
        end
    endcase
end

/////////////////////////////////////////////
///counter
/////////////////////////////////////////////


// if a row of matrix A is done of input
// then change matrix B to input a column : input_A_flag will pull high 

always @(posedge axis_clk or negedge axis_rst_n) begin
    if(~axis_rst_n) 
        cnt_A_input <= 3'd0;
    else if(cnt_A_input >= 3'd4)
        cnt_A_input <= 3'd0;
    else begin
        case (n_state)
            INPUT_MATRIX_A:
            if(mm_start)
                cnt_A_input <= cnt_A_input + 3'd1; 
            INPUT_A_ROW2:
            if(mm_start)
                cnt_A_input <= cnt_A_input + 3'd1; 
            INPUT_A_ROW3:
            if(mm_start)
                cnt_A_input <= cnt_A_input + 3'd1;
            INPUT_A_ROW4: 
            if(mm_start)
                cnt_A_input <= cnt_A_input + 3'd1; 
            OUTPUT_MATRIX_C:
                cnt_A_input <= 3'd0;
            OUTPUT_C_ROW2:
                cnt_A_input <= 3'd0;
            OUTPUT_C_ROW3:
                cnt_A_input <= 3'd0;
            OUTPUT_C_ROW4:
                cnt_A_input <= 3'd0;

            default: cnt_A_input <= cnt_A_input;
        endcase
    end
end


always @(posedge axis_clk or negedge axis_rst_n) begin
    if(~axis_rst_n) 
        cnt_B_input <= 5'd0;
    else if (mm_idle) 
        cnt_B_input <= 5'd0;
    else if(cnt_B_input >= 5'd17) 
        cnt_B_input <= cnt_B_input;
    else if(mm_start && input_A_flag && n_state == INPUT_MATRIX_B)
        cnt_B_input <= cnt_B_input + 5'd1;
    else if(cnt_B_input >= 5'd4 && cnt_B_input % 4 == 0)
        cnt_B_input <= cnt_B_input + 1;
    else cnt_B_input <= cnt_B_input;
end

//cnt_output count to 15 means the mm is done
always @(posedge axis_clk or negedge axis_rst_n) begin
    if(~axis_rst_n) 
        cnt_output <= 5'd0;
    else if(mm_idle)
        cnt_output <= 5'd0;
    else if(mm_done)
        cnt_output <= cnt_output + 5'd1;
    else 
        cnt_output <= cnt_output;
end

/////////////////////////////////////////////
///stop state
/////////////////////////////////////////////
always @(*) begin
    if(cnt_B_input > 5'd0 && cnt_B_input < 5'd16)
        stop_state = 5'd4;
    else if(cnt_B_input == 5'd0 && cnt_A_input < 3'd4)
        stop_state = 5'd3;
    else if(cnt_output == 5'd4)
        stop_state = 5'd6;
    else if(cnt_output == 5'd7 || cnt_output == 5'd8)
        stop_state = 5'd8;
    else
        stop_state = 5'd10;
end

/////////////////////////////////////////////
///input matrix A
/////////////////////////////////////////////

always @(posedge axis_clk or negedge axis_rst_n) begin
    if(~axis_rst_n) 
        A1 <= 0;
    else if (mm_start && cnt_A_input == 3'd0)begin
        case (n_state)
            INPUT_MATRIX_A:
                A1 <= ss_tdata; 
            WAIT_FOR_INPUT:
                A1 <= A1;
            INPUT_A_ROW2:
                A1 <= ss_tdata;
            INPUT_A_ROW3:
                A1 <= ss_tdata;
            INPUT_A_ROW4:
                A1 <= ss_tdata;
            default: 
            A1 <= A1;
        endcase
    end
    else A1 <= A1;
end
always @(posedge axis_clk or negedge axis_rst_n) begin
    if(~axis_rst_n) 
        A2 <= 0;
    else if (mm_start && cnt_A_input == 3'd1)begin
        case (n_state)
            INPUT_MATRIX_A:
                A2 <= ss_tdata; 
            WAIT_FOR_INPUT:
                A2 <= A2;
            INPUT_A_ROW2:
                A2 <= ss_tdata;
            INPUT_A_ROW3:
                A2 <= ss_tdata;
            INPUT_A_ROW4:
                A2 <= ss_tdata;
            default: 
            A2 <= A2;
        endcase
    end
    else A2 <= A2;
end
always @(posedge axis_clk or negedge axis_rst_n) begin
    if(~axis_rst_n) 
        A3 <= 0;
    else if (mm_start && cnt_A_input == 3'd2)begin
        case (n_state)
            INPUT_MATRIX_A:
                A3 <= ss_tdata; 
            WAIT_FOR_INPUT:
                A3 <= A3;
            INPUT_A_ROW2:
                A3 <= ss_tdata;
            INPUT_A_ROW3:
                A3 <= ss_tdata;
            INPUT_A_ROW4:
                A3 <= ss_tdata;
            default: 
            A3 <= A3;
        endcase
    end
    else A3 <= A3;
end
always @(posedge axis_clk or negedge axis_rst_n) begin
    if(~axis_rst_n) 
        A4 <= 0;
    else if (mm_start && cnt_A_input == 3'd3)begin
        case (n_state)
            INPUT_MATRIX_A:
                A4 <= ss_tdata; 
            WAIT_FOR_INPUT:
                A4 <= A4;
            INPUT_A_ROW2:
                A4 <= ss_tdata;
            INPUT_A_ROW3:
                A4 <= ss_tdata;
            INPUT_A_ROW4:
                A4 <= ss_tdata;
            default: 
            A4 <= A4;
        endcase
    end
    else A4 <= A4;
end


/////////////////////////////////////////////
///input matrix B
/////////////////////////////////////////////

always @(posedge axis_clk or negedge axis_rst_n) begin
    if(~axis_rst_n) 
        B11 <= 0;
    else if(input_A_flag && cnt_B_input == 5'd0)
        B11 <= ss_tdata; 
    else if(n_state == WAIT_FOR_INPUT)
        B11 <= B11;
    else B11 <= B11;
end

always @(posedge axis_clk or negedge axis_rst_n) begin
    if(~axis_rst_n) 
        B21 <= 0;
    else if(input_A_flag && cnt_B_input == 5'd1)
        B21 <= ss_tdata; 
    else if(n_state == WAIT_FOR_INPUT)
        B21 <= B21;
    else B21 <= B21;
end

always @(posedge axis_clk or negedge axis_rst_n) begin
    if(~axis_rst_n) 
        B31 <= 0;
    else if(input_A_flag && cnt_B_input == 5'd2)
        B31 <= ss_tdata; 
    else if(n_state == WAIT_FOR_INPUT)
        B31 <= B31;
    else B31 <= B31;
end

always @(posedge axis_clk or negedge axis_rst_n) begin
    if(~axis_rst_n) 
        B41 <= 0;
    else if(input_A_flag && cnt_B_input == 5'd3)
        B41 <= ss_tdata; 
    else if(n_state == WAIT_FOR_INPUT)
        B41 <= B41;
    else B41 <= B41;
end

always @(posedge axis_clk or negedge axis_rst_n) begin
    if(~axis_rst_n) 
        B12 <= 0;
    else if(input_A_flag && cnt_B_input == 5'd5) //4) // modified
        B12 <= ss_tdata; 
    else if(n_state == WAIT_FOR_INPUT)
        B12 <= B12;
    else B12 <= B12;
end

always @(posedge axis_clk or negedge axis_rst_n) begin
    if(~axis_rst_n) 
        B22 <= 0;
    else if(input_A_flag && cnt_B_input == 5'd6) //5) // modified
        B22 <= ss_tdata; 
    else if(n_state == WAIT_FOR_INPUT)
        B22 <= B22;
    else B22 <= B22;
end

always @(posedge axis_clk or negedge axis_rst_n) begin
    if(~axis_rst_n) 
        B32 <= 0;
    else if(input_A_flag && cnt_B_input == 5'd7) //6) // modified
        B32 <= ss_tdata; 
    else if(n_state == WAIT_FOR_INPUT)
        B32 <= B32;
    else B32 <= B32;
end

always @(posedge axis_clk or negedge axis_rst_n) begin
    if(~axis_rst_n) 
        B42 <= 0;
    else if(input_A_flag && cnt_B_input == 5'd8) //7) // modified
        B42 <= ss_tdata; 
    else if(n_state == WAIT_FOR_INPUT)
        B42 <= B42;
    else B42 <= B42;
end

always @(posedge axis_clk or negedge axis_rst_n) begin
    if(~axis_rst_n) 
        B13 <= 0;
    else if(input_A_flag && cnt_B_input == 5'd9) //8) // modified
        B13 <= ss_tdata; 
    else if(n_state == WAIT_FOR_INPUT)
        B13 <= B13;
    else B13 <= B13;
end

always @(posedge axis_clk or negedge axis_rst_n) begin
    if(~axis_rst_n) 
        B23 <= 0;
    else if(input_A_flag && cnt_B_input == 5'd10) //9) // modified
        B23 <= ss_tdata; 
    else if(n_state == WAIT_FOR_INPUT)
        B23 <= B23;
    else B23 <= B23;
end

always @(posedge axis_clk or negedge axis_rst_n) begin
    if(~axis_rst_n) 
        B33 <= 0;
    else if(input_A_flag && cnt_B_input == 5'd11) //10) // modified
        B33 <= ss_tdata; 
    else if(n_state == WAIT_FOR_INPUT)
        B33 <= B33;
    else B33 <= B33;
end

always @(posedge axis_clk or negedge axis_rst_n) begin
    if(~axis_rst_n) 
        B43 <= 0;
    else if(input_A_flag && cnt_B_input == 5'd12) //11) // modified
        B43 <= ss_tdata; 
    else if(n_state == WAIT_FOR_INPUT)
        B43 <= B43;
    else B43 <= B43;
end

always @(posedge axis_clk or negedge axis_rst_n) begin
    if(~axis_rst_n) 
        B14 <= 0;
    else if(input_A_flag && cnt_B_input == 5'd13) //12) // modified
        B14 <= ss_tdata; 
    else if(n_state == WAIT_FOR_INPUT)
        B14 <= B14;
    else B14 <= B14;
end

always @(posedge axis_clk or negedge axis_rst_n) begin
    if(~axis_rst_n) 
        B24 <= 0;
    else if(input_A_flag && cnt_B_input == 5'd14) //13) // modified
        B24 <= ss_tdata; 
    else if(n_state == WAIT_FOR_INPUT)
        B24 <= B24;
    else B24 <= B24;
end

always @(posedge axis_clk or negedge axis_rst_n) begin
    if(~axis_rst_n) 
        B34 <= 0;
    else if(input_A_flag && cnt_B_input == 5'd15) //14) // modified
        B34 <= ss_tdata; 
    else if(n_state == WAIT_FOR_INPUT)
        B34 <= B34;
    else B34 <= B34;
end

always @(posedge axis_clk or negedge axis_rst_n) begin
    if(~axis_rst_n) 
        B44 <= 0;
    else if(input_A_flag && cnt_B_input == 5'd16) //15) // modified
        B44 <= ss_tdata; 
    else if(n_state == WAIT_FOR_INPUT)
        B44 <= B44;
    else B44 <= B44;
end*/
    

endmodule